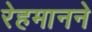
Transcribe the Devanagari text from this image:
रेहमानने